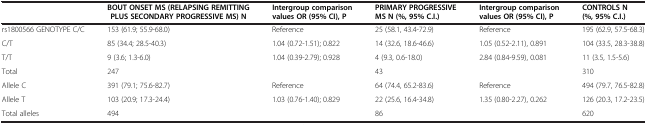
<table><thead><tr><td><b> </b></td><td><b>BOUT ONSET MS (RELAPSING REMITTING PLUS SECONDARY PROGRESSIVE MS) N</b></td><td><b>Intergroup comparison values OR (95% CI), P</b></td><td><b>PRIMARY PROGRESSIVE MS N (%, 95% C.I.)</b></td><td><b>Intergroup comparison values OR (95% CI), P</b></td><td><b>CONTROLS N (%, 95% C.I.)</b></td></tr></thead><tbody><tr><td>rs1800566 GENOTYPE C/C</td><td>153 (61.9; 55.9-68.0)</td><td>Reference</td><td>25 (58.1, 43.4-72.9)</td><td>Reference</td><td>195 (62.9, 57.5-68.3)</td></tr><tr><td>C/T</td><td>85 (34.4; 28.5-40.3)</td><td>1.04 (0.72-1.51); 0.822</td><td>14 (32.6, 18.6-46.6)</td><td>1.05 (0.52-2.11), 0.891</td><td>104 (33.5, 28.3-38.8)</td></tr><tr><td>T/T</td><td>9 (3.6; 1.3-6.0)</td><td>1.04 (0.39-2.79); 0.928</td><td>4 (9.3, 0.6-18.0)</td><td>2.84 (0.84-9.59), 0.081</td><td>11 (3.5, 1.5-5.6)</td></tr><tr><td>Total</td><td>247</td><td> </td><td>43</td><td> </td><td>310</td></tr><tr><td>Allele C</td><td>391 (79.1; 75.6-82.7)</td><td>Reference</td><td>64 (74.4, 65.2-83.6)</td><td>Reference</td><td>494 (79.7, 76.5-82.8)</td></tr><tr><td>Allele T</td><td>103 (20.9; 17.3-24.4)</td><td>1.03 (0.76-1.40); 0.829</td><td>22 (25.6, 16.4-34.8)</td><td>1.35 (0.80-2.27), 0.262</td><td>126 (20.3, 17.2-23.5)</td></tr><tr><td>Total alleles</td><td>494</td><td> </td><td>86</td><td> </td><td>620</td></tr></tbody></table>